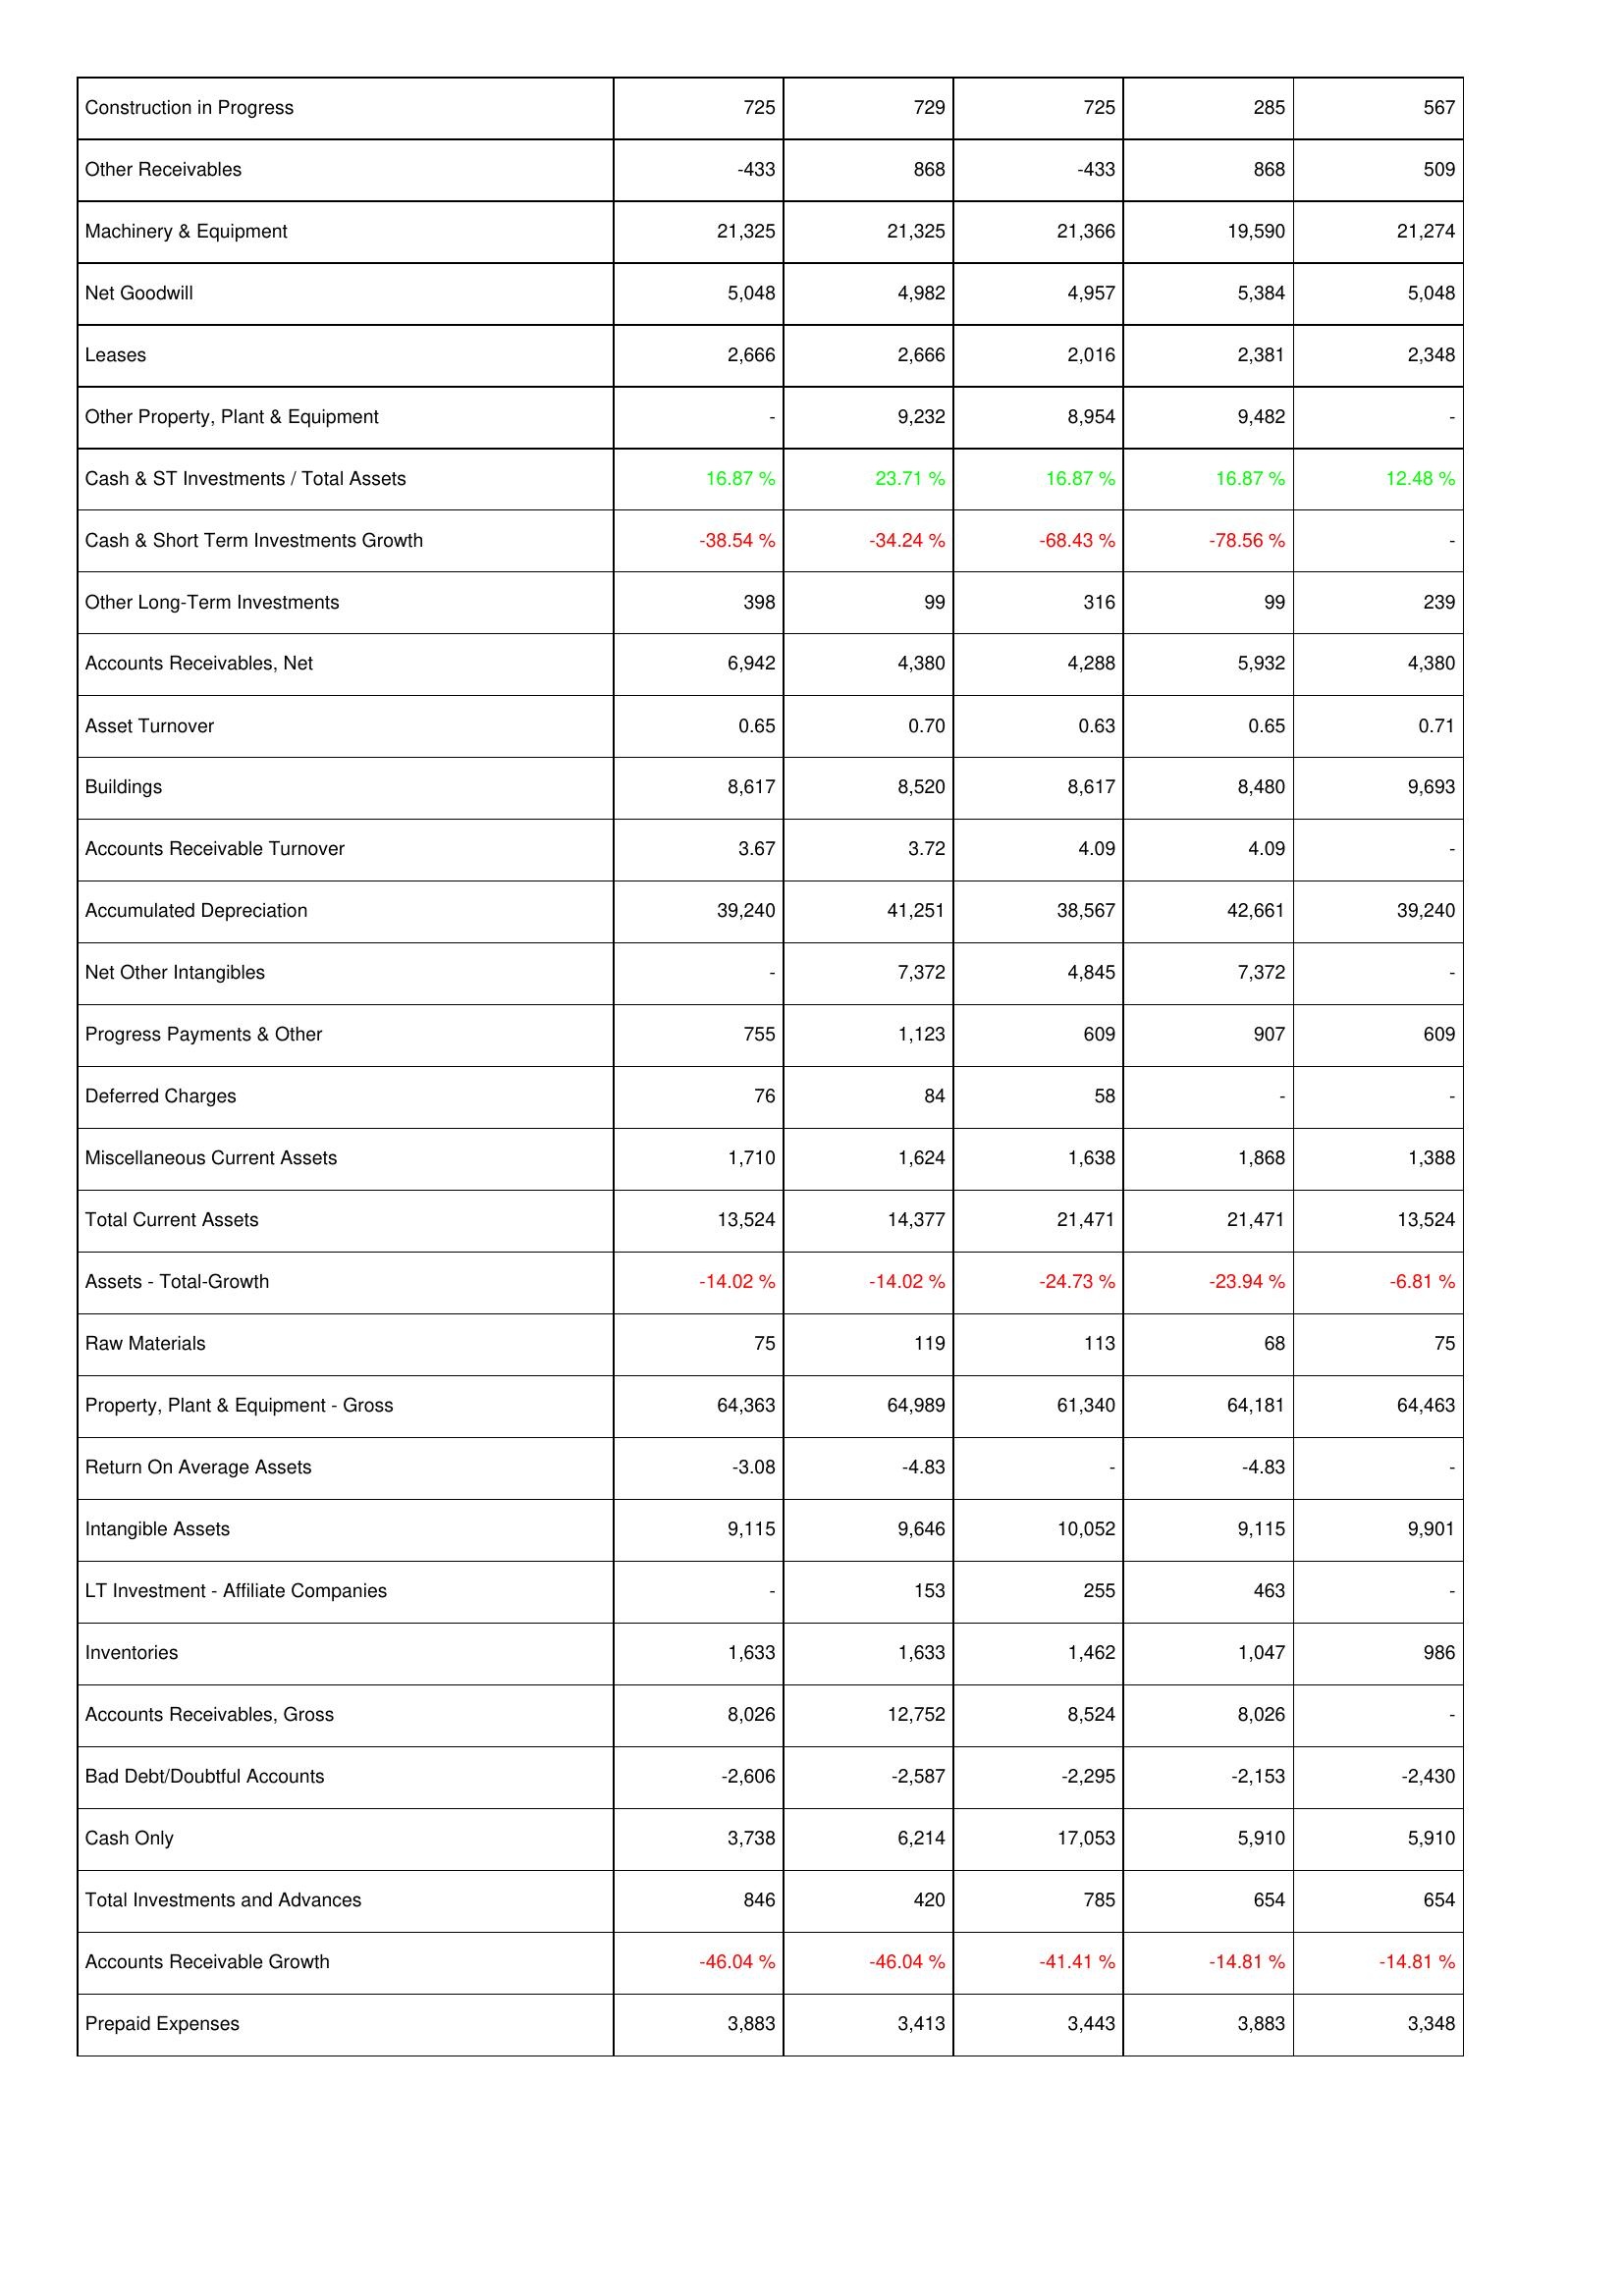
2018: Assets: Construction in Progress: 725
Other Receivables: -433
Machinery & Equipment: 21,325
Net Goodwill: 5,048
Leases: 2,666
Other Property, Plant & Equipment: -
Cash & ST Investments / Total Assets: 16.87 %
Cash & Short Term Investments Growth: -38.54 %
Other Long-Term Investments: 398
Accounts Receivables, Net: 6,942
Asset Turnover: 0.65
Buildings: 8,617
Accounts Receivable Turnover: 3.67
Accumulated Depreciation: 39,240
Net Other Intangibles: -
Progress Payments & Other: 755
Deferred Charges: 76
Miscellaneous Current Assets: 1,710
Total Current Assets: 13,524
Assets - Total-Growth: -14.02 %
Raw Materials: 75
Property, Plant & Equipment - Gross: 64,363
Return On Average Assets: -3.08
Intangible Assets: 9,115
LT Investment - Affiliate Companies: -
Inventories: 1,633
Accounts Receivables, Gross: 8,026
Bad Debt/Doubtful Accounts: -2,606
Cash Only: 3,738
Total Investments and Advances: 846
Accounts Receivable Growth: -46.04 %
Prepaid Expenses: 3,883
2017: Assets: Construction in Progress: 729
Other Receivables: 868
Machinery & Equipment: 21,325
Net Goodwill: 4,982
Leases: 2,666
Other Property, Plant & Equipment: 9,232
Cash & ST Investments / Total Assets: 23.71 %
Cash & Short Term Investments Growth: -34.24 %
Other Long-Term Investments: 99
Accounts Receivables, Net: 4,380
Asset Turnover: 0.70
Buildings: 8,520
Accounts Receivable Turnover: 3.72
Accumulated Depreciation: 41,251
Net Other Intangibles: 7,372
Progress Payments & Other: 1,123
Deferred Charges: 84
Miscellaneous Current Assets: 1,624
Total Current Assets: 14,377
Assets - Total-Growth: -14.02 %
Raw Materials: 119
Property, Plant & Equipment - Gross: 64,989
Return On Average Assets: -4.83
Intangible Assets: 9,646
LT Investment - Affiliate Companies: 153
Inventories: 1,633
Accounts Receivables, Gross: 12,752
Bad Debt/Doubtful Accounts: -2,587
Cash Only: 6,214
Total Investments and Advances: 420
Accounts Receivable Growth: -46.04 %
Prepaid Expenses: 3,413
2016: Assets: Construction in Progress: 725
Other Receivables: -433
Machinery & Equipment: 21,366
Net Goodwill: 4,957
Leases: 2,016
Other Property, Plant & Equipment: 8,954
Cash & ST Investments / Total Assets: 16.87 %
Cash & Short Term Investments Growth: -68.43 %
Other Long-Term Investments: 316
Accounts Receivables, Net: 4,288
Asset Turnover: 0.63
Buildings: 8,617
Accounts Receivable Turnover: 4.09
Accumulated Depreciation: 38,567
Net Other Intangibles: 4,845
Progress Payments & Other: 609
Deferred Charges: 58
Miscellaneous Current Assets: 1,638
Total Current Assets: 21,471
Assets - Total-Growth: -24.73 %
Raw Materials: 113
Property, Plant & Equipment - Gross: 61,340
Return On Average Assets: -
Intangible Assets: 10,052
LT Investment - Affiliate Companies: 255
Inventories: 1,462
Accounts Receivables, Gross: 8,524
Bad Debt/Doubtful Accounts: -2,295
Cash Only: 17,053
Total Investments and Advances: 785
Accounts Receivable Growth: -41.41 %
Prepaid Expenses: 3,443
2015: Assets: Construction in Progress: 285
Other Receivables: 868
Machinery & Equipment: 19,590
Net Goodwill: 5,384
Leases: 2,381
Other Property, Plant & Equipment: 9,482
Cash & ST Investments / Total Assets: 16.87 %
Cash & Short Term Investments Growth: -78.56 %
Other Long-Term Investments: 99
Accounts Receivables, Net: 5,932
Asset Turnover: 0.65
Buildings: 8,480
Accounts Receivable Turnover: 4.09
Accumulated Depreciation: 42,661
Net Other Intangibles: 7,372
Progress Payments & Other: 907
Deferred Charges: -
Miscellaneous Current Assets: 1,868
Total Current Assets: 21,471
Assets - Total-Growth: -23.94 %
Raw Materials: 68
Property, Plant & Equipment - Gross: 64,181
Return On Average Assets: -4.83
Intangible Assets: 9,115
LT Investment - Affiliate Companies: 463
Inventories: 1,047
Accounts Receivables, Gross: 8,026
Bad Debt/Doubtful Accounts: -2,153
Cash Only: 5,910
Total Investments and Advances: 654
Accounts Receivable Growth: -14.81 %
Prepaid Expenses: 3,883
2014: Assets: Construction in Progress: 567
Other Receivables: 509
Machinery & Equipment: 21,274
Net Goodwill: 5,048
Leases: 2,348
Other Property, Plant & Equipment: -
Cash & ST Investments / Total Assets: 12.48 %
Cash & Short Term Investments Growth: -
Other Long-Term Investments: 239
Accounts Receivables, Net: 4,380
Asset Turnover: 0.71
Buildings: 9,693
Accounts Receivable Turnover: -
Accumulated Depreciation: 39,240
Net Other Intangibles: -
Progress Payments & Other: 609
Deferred Charges: -
Miscellaneous Current Assets: 1,388
Total Current Assets: 13,524
Assets - Total-Growth: -6.81 %
Raw Materials: 75
Property, Plant & Equipment - Gross: 64,463
Return On Average Assets: -
Intangible Assets: 9,901
LT Investment - Affiliate Companies: -
Inventories: 986
Accounts Receivables, Gross: -
Bad Debt/Doubtful Accounts: -2,430
Cash Only: 5,910
Total Investments and Advances: 654
Accounts Receivable Growth: -14.81 %
Prepaid Expenses: 3,348